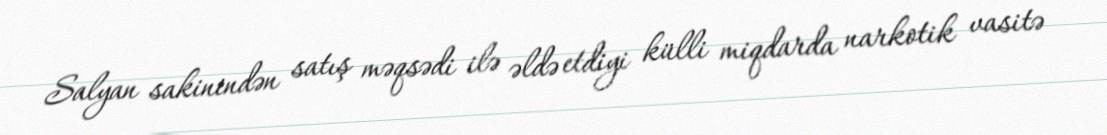
Salyan sakinindən satış məqsədi ilə əldə etdiyi külli miqdarda narkotik vasitə